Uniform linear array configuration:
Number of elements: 12
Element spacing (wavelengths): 0.75
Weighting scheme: hamming
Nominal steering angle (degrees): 30
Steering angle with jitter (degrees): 31.807
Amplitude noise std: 0.05
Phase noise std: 0.05

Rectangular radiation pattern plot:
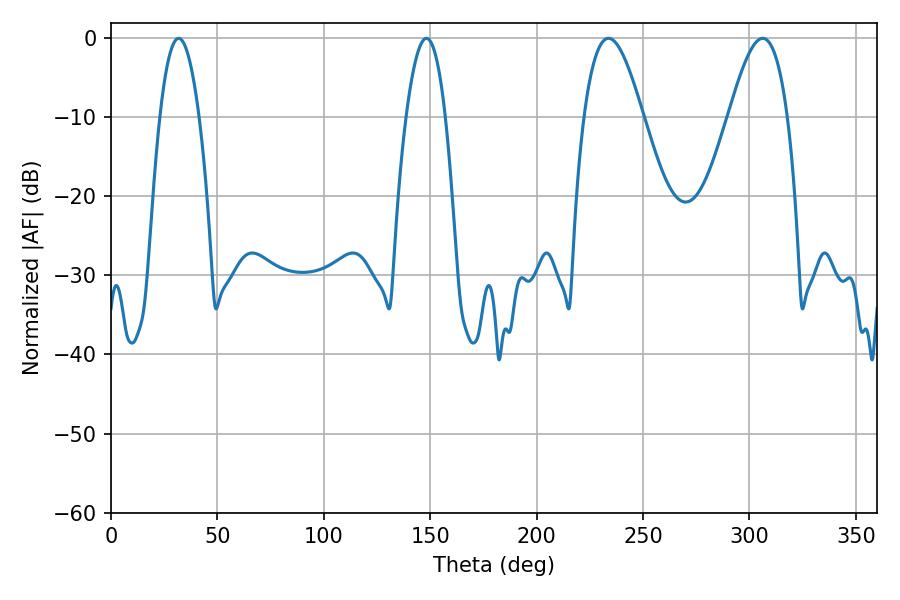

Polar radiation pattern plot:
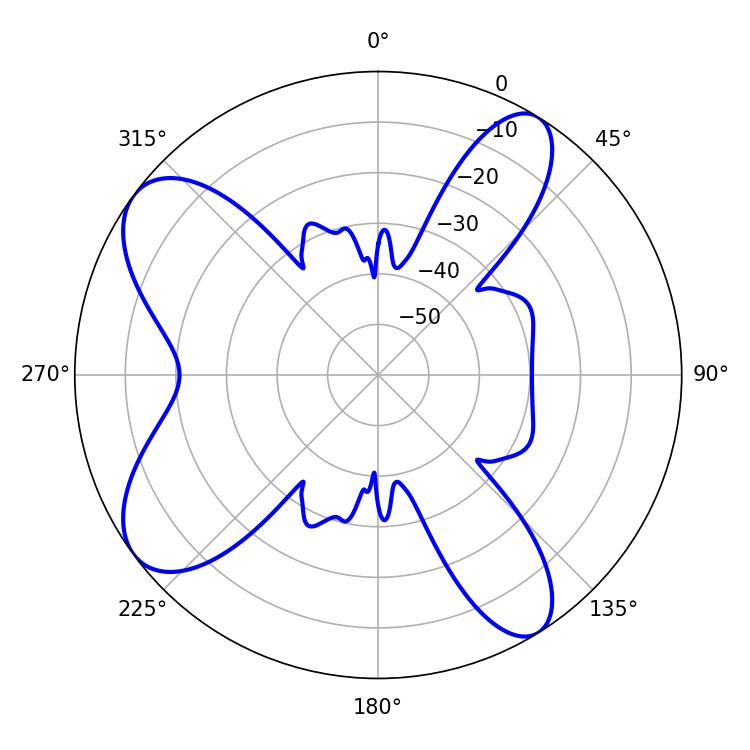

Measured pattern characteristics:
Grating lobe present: TRUE
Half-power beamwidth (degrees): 14.94
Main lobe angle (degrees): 233.82